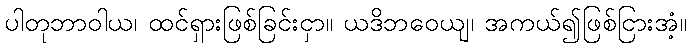
ပါတုဘာဝါယ၊ ထင်ရှားဖြစ်ခြင်းငှာ။ ယဒိဘဝေယျ၊ အကယ်၍ဖြစ်ငြားအံ့။